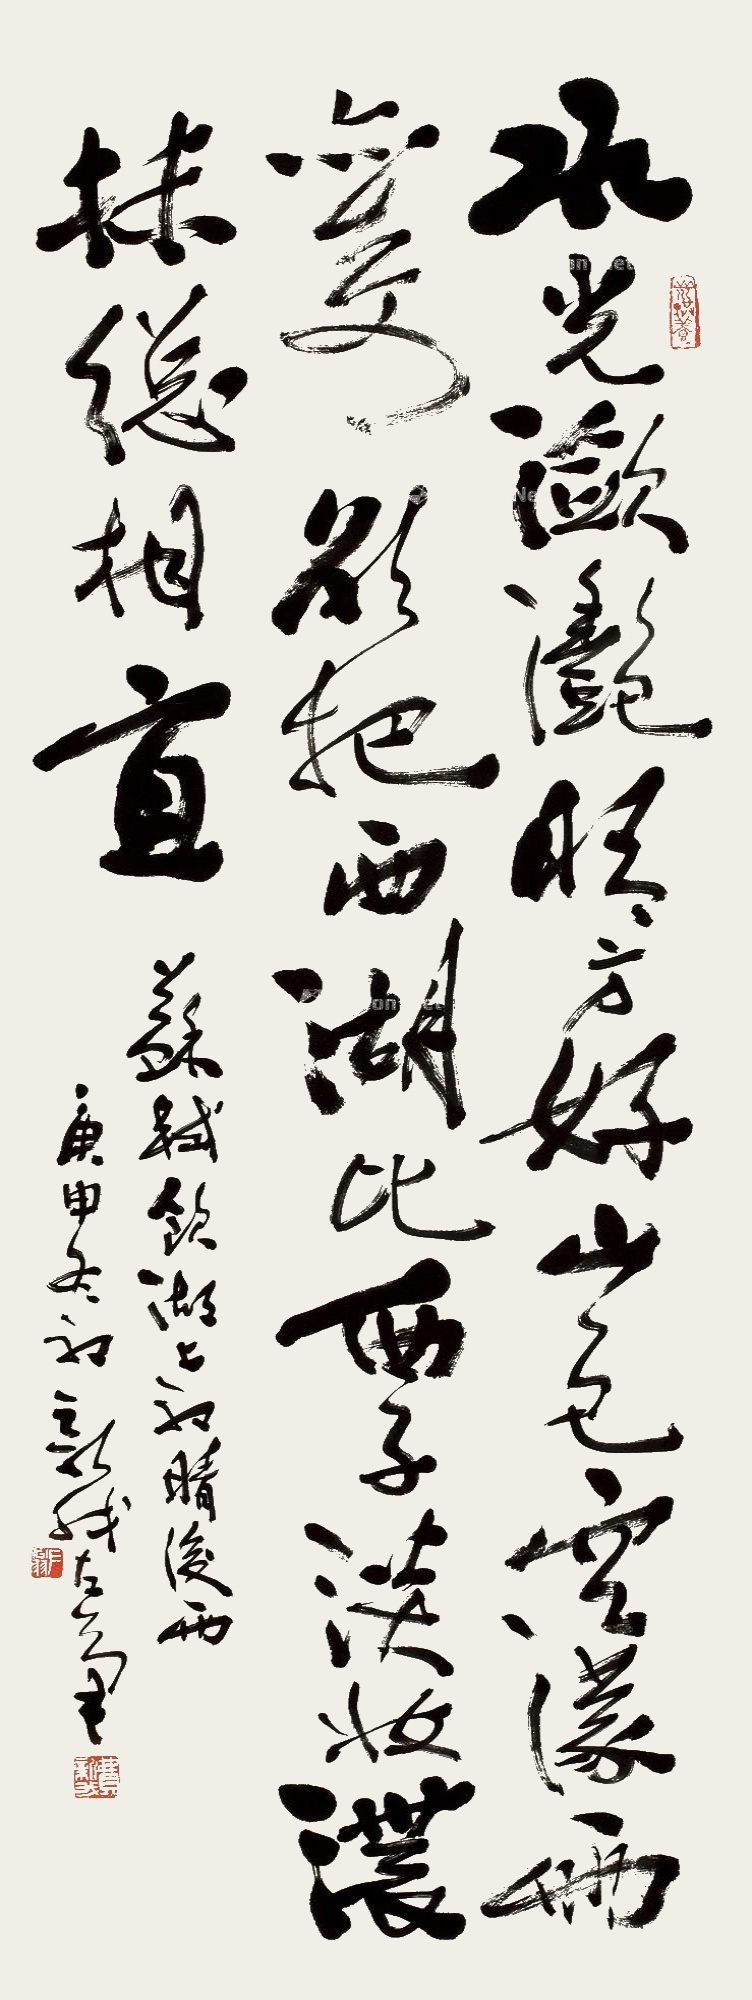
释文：水光潋滟晴方好，山色空蒙雨亦奇。欲把西湖比西子，淡妆浓抹总相宜。苏轼饮湖上初晴雨后。庚申冬初新我左笔。